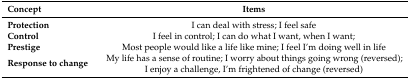
<table><thead><tr><td><b>Concept</b></td><td><b>Items</b></td></tr></thead><tbody><tr><td><b>Protection</b></td><td>I can deal with stress; I feel safe</td></tr><tr><td><b>Control</b></td><td>I feel in control; I can do what I want, when I want;</td></tr><tr><td><b>Prestige</b></td><td>Most people would like a life like mine; I feel I’m doing well in life</td></tr><tr><td><b>Response to change</b></td><td>My life has a sense of routine; I worry about things going wrong (reversed); I enjoy a challenge, I’m frightened of change (reversed)</td></tr></tbody></table>